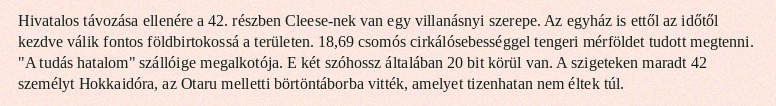
Hivatalos távozása ellenére a 42. részben Cleese-nek van egy villanásnyi szerepe. Az egyház is ettől az időtől kezdve válik fontos földbirtokossá a területen. 18,69 csomós cirkálósebességgel tengeri mérföldet tudott megtenni. "A tudás hatalom" szállóige megalkotója. E két szóhossz általában 20 bit körül van. A szigeteken maradt 42 személyt Hokkaidóra, az Otaru melletti börtöntáborba vitték, amelyet tizenhatan nem éltek túl.